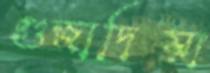
গুজাদিয়া